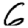
Digit: 6